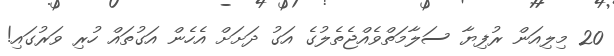
20 މިލިއަން ރުފިޔާ ސަލާމަތްވެއްޖެތެލުގެ އަގު ދަށަށް އެހެން އަގުތައް ހުރި ވަރުގައި!